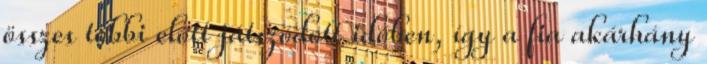
összes többi előtt játszódott időben, így a fia akárhány